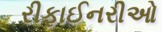
રીફાઈનરીઓ